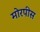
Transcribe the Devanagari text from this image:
मोरपीस